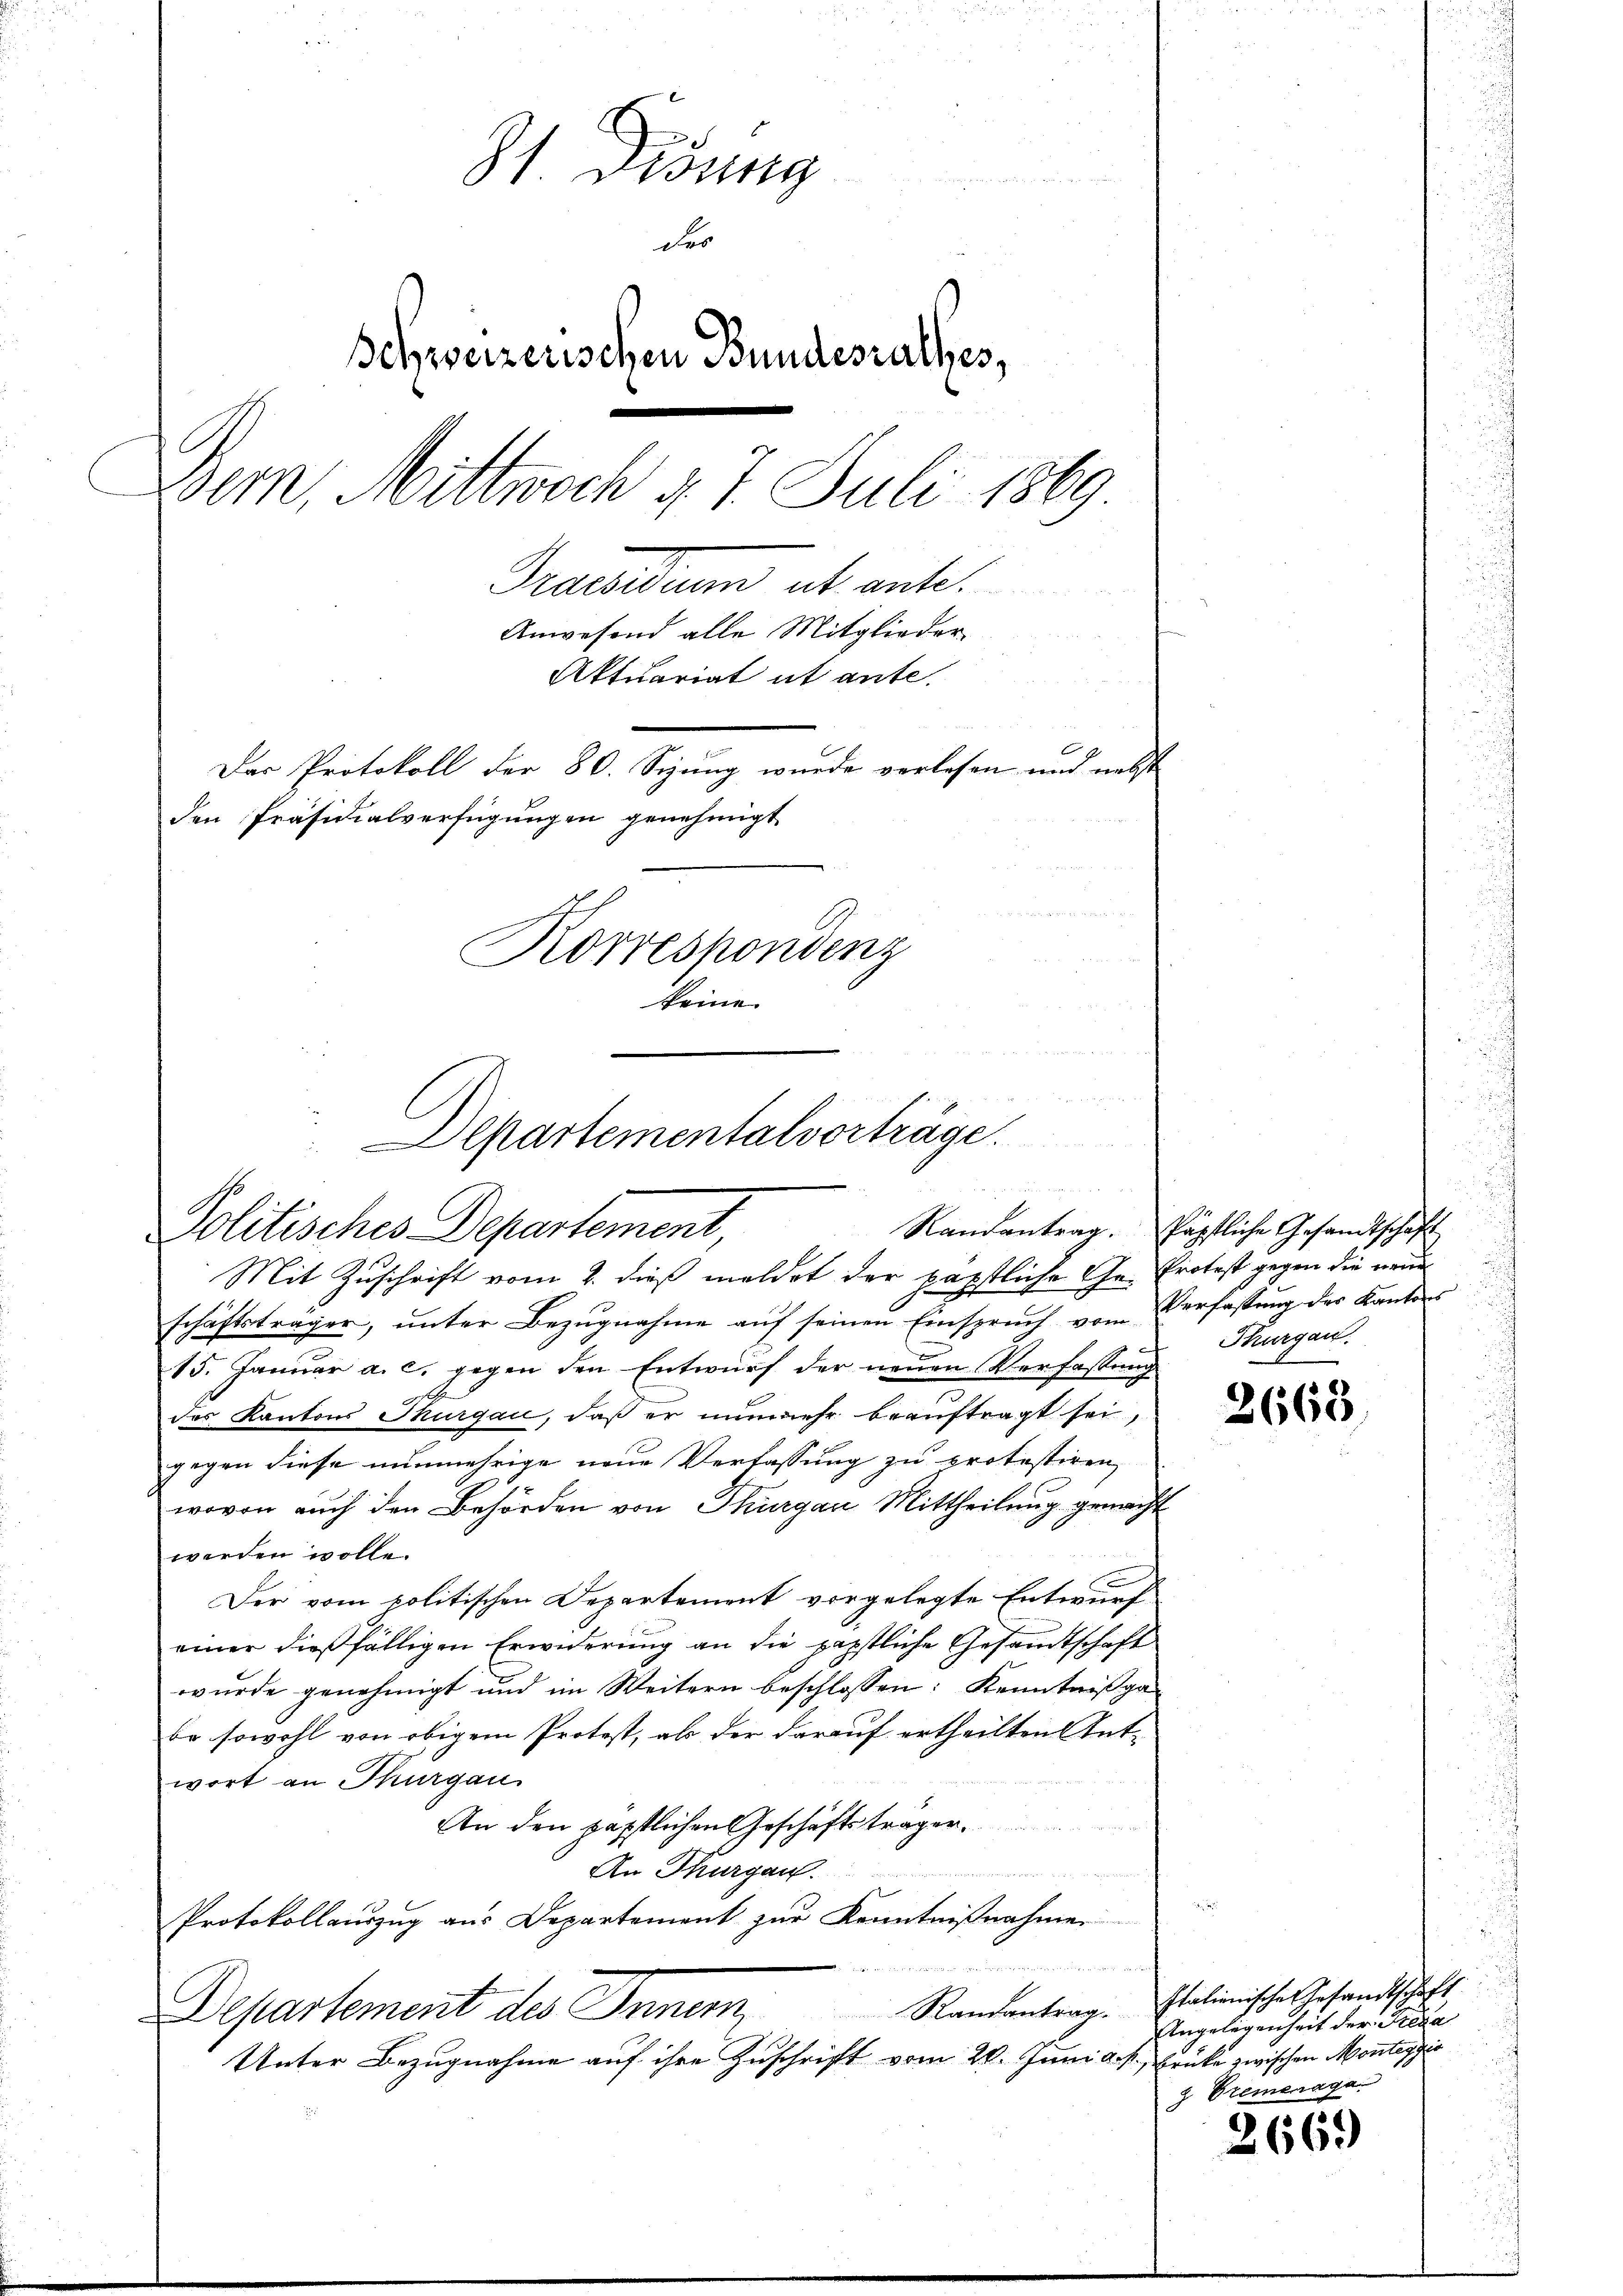
e
 Vesung

des
Behweizerischen Bundesrathes,
Bern, Mittwoch d. 7. Juli 1869
Praesiduum ab ante.
Anwesend alle Mitglieder
Aktuariat ut ante.
Das Protokoll der 80. Sizung wurde verlesen und nebst
den Präsidialverfügungen genehmigt
Korrespondenz
keine

u
Departementalvorträge.
Politisches Departement,

Mit Zuschrift vom 2. dieß meldet der päpstliche Ge- Protest gegen die neue
schäftsträger, ŭnter Bezŭgnahme aŭf seinen Einsprŭch vom Verfassŭng des Kantons
15. Janŭar a. c. gegen den Entwŭrf der neŭen Verfassŭng
des Kantons Thurgau, daß er nunmehr beauftragt sei,
gegen diese nunmehrige neue Verlassung zu protestiren,
wovon auch den Behörden von Thurgau Mittheilung gemacht
werden wolle.
Der vom politischen Departement vorgelegte Entwurf
einer dießfälligen Erwiderung an die päpstliche Gesandtschaft
wurde genehmigt und im Weitern beschlossen: Kenntnißga-
be sowohl von obigem Protest, als der darauf ertheilten Antwort an Thurgau
An den päpstlichen Geschäftsträger,
An Thurgau.
44
Protokollauszug aus Departement zur Kenntnißnahme
u
Randantrag. Italienische Gesandtschaft,
Departement des Innum,
Unter Bezugnahme auf ihre Zuschrift vom 20. Juni d. M. Brüke zwischen Monterzie

Randantrag. Päpstliche Gesandtschaft
Thurgau.

2668

Angelegenheit der Freda
 Szeneraga

266.